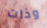
وذات